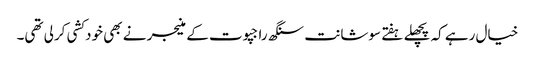
خیال رہے کہ پچھلے ہفتے سوشانت سنگھ راجپوت کے منیجر نے بھی خودکشی کرلی تھی۔